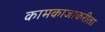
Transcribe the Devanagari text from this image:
कामकाजाकरीता